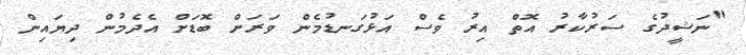
"ނަޝީދުގެ ސަރުކާރު އޮތް އިރު ވެސް އަޅުގަނޑުމެން ވަރަށް ބޮޑަށް އެދެމުން ދިޔައިން